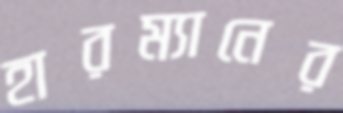
হারম্যানের